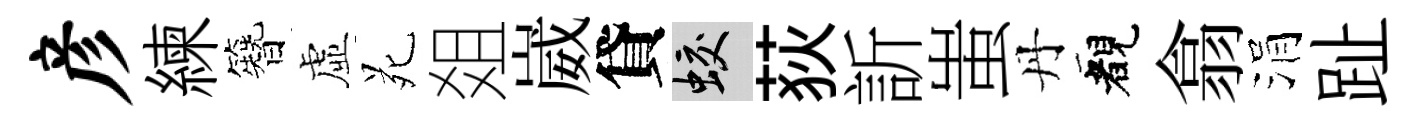
彦練簪虛苑爼崴貸蛟荻訢蚩丹睹翕涓趾